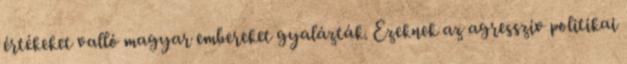
értékeket valló magyar embereket gyalázták. Ezeknek az agresszív politikai